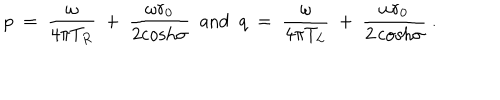
LaTeX: p ~ = ~ { \frac { \omega } { 4 \pi T _ { R } } } ~ + ~ { \frac { \omega r _ { 0 } } { 2 { \cosh } \sigma } } ~ ~ { \mathrm { a n d } } ~ ~ q ~ = ~ { \frac { \omega } { 4 \pi T _ { L } } } ~ + ~ { \frac { \omega r _ { 0 } } { { 2 \cosh } \sigma } } ~ .